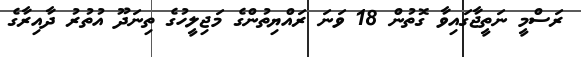
ރަސްމީ ނަތީޖާގައިވާ ގޮތުން 18 ވަނަ ރައްޔިތުންގެ މަޖިލީހުގެ ތިނަދޫ އުތުރު ދާއިރާގެ